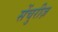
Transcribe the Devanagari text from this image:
सेंचुरीज़